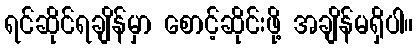
ရင်ဆိုင်ရချိန်မှာ စောင့်ဆိုင်းဖို့ အချိန်မရှိပါ။